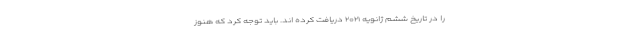
را در تاریخ ششم ژانویه ۲۰۲۱ دریافت کرده اند. باید توجه کرد که هنوز